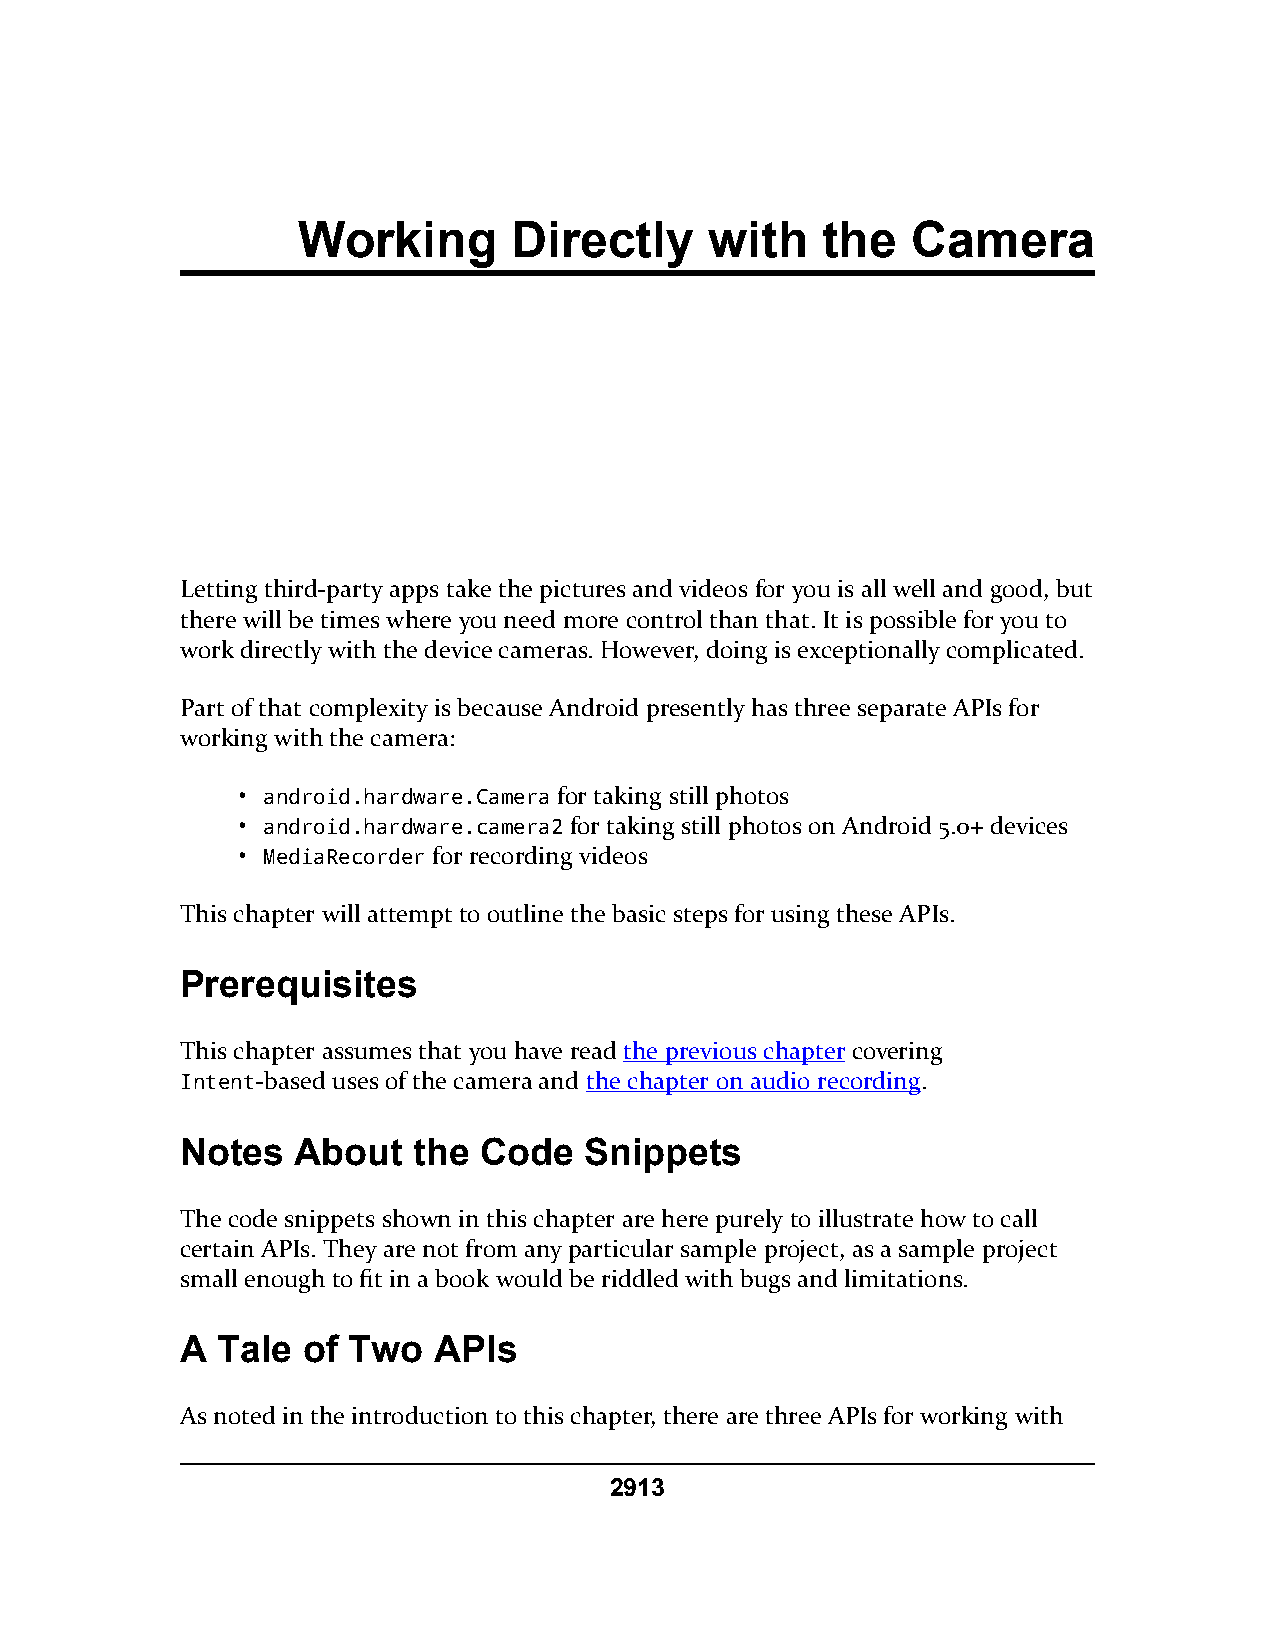
Working       Directly     with   the   Camera
 Letting third-party apps take the pictures and videos for you is all well and good, but
 there will be times where you need more control than that. It is possible for you to
 work directly with the device cameras. However, doing is exceptionally complicated.
 Part of that complexity is because Android presently has three separate APIs for
 working with the camera:
 • android.hardware.Camera for taking still photos
 • android.hardware.camera2 for taking still photos on Android 5.0+ devices
 • MediaRecorder for recording videos
 This chapter will attempt to outline the basic steps for using these APIs.
 Prerequisites
 This chapter assumes that you have read the previous chapter covering
 Intent-based uses of the camera and the chapter on audio recording.
 Notes  About   the  Code   Snippets
 The code snippets shown in this chapter are here purely to illustrate how to call
 certain APIs. They are not from any particular sample project, as a sample project
 small enough to fit in a book would be riddled with bugs and limitations.
 A Tale  of Two   APIs
 As noted in the introduction to this chapter, there are three APIs for working with
 2913